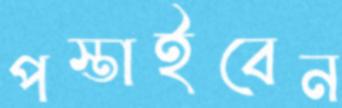
পস্তাইবেন